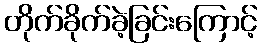
တိုက်ခိုက်ခဲ့ခြင်းကြောင့်